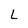
Character: L